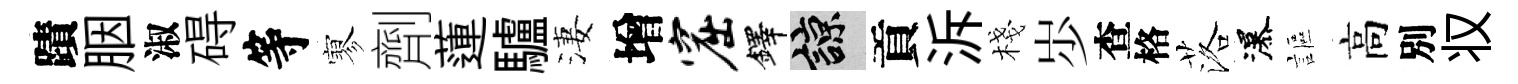
蹟胭淑碍等寥劑蓮驢淒增窟鐸諒貢泝棧𡵯查格落瀑謳高別𠬧